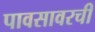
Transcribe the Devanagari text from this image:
पावसावरची